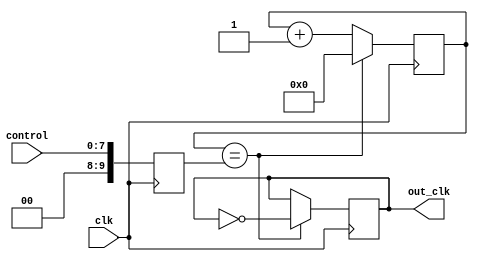
module fractional_clock_divider (
    input wire clk,
    input wire [7:0] control,
    output reg out_clk
);

reg [31:0] counter;
reg [9:0] divider;

always @ (posedge clk) begin
    counter <= counter + 1;
    
    if(counter == divider) begin
        counter <= 0;
        out_clk <= ~out_clk;
    end
end

always @ (posedge clk) begin
    divider <= control;
end

endmodule